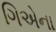
ગિએના